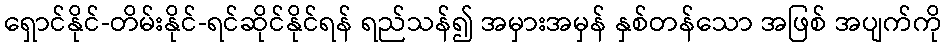
ရှောင်နိုင်-တိမ်းနိုင်-ရင်ဆိုင်နိုင်ရန် ရည်သန်၍ အမှားအမှန် နှစ်တန်သော အဖြစ် အပျက်ကို